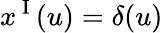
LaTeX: x^{\mathrm{~I~}}(u)=\delta(u)